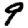
Digit: 9